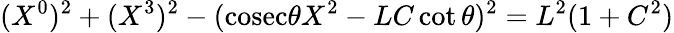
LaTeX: (X^{0})^{2}+(X^{3})^{2}-(\mathrm{cosec}\theta X^{2}-LC\cot\theta)^{2}=L^{2}(1+C^{2})